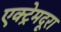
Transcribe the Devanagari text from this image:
एक्ट्रेमदूरा